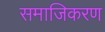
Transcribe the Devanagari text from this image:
समाजिकरण